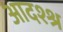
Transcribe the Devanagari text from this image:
आदश्श्र